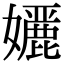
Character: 𭒭